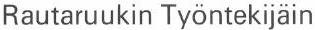
Rautaruukin Työntekijäin